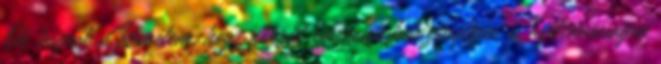
Ők tesznek. Remélem, hogy sikerül rövidesen bebizonyítani és nyilvánosságra